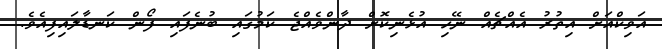
އަވިކްއަށް އިތުރު އެއްޗެއް ނޭހި އުޅެނިކޮށް ދާންވެއްޖެ ކަމުގައި ބުނެފައި ފޯން ކަނޑާލައިފިއެވެ.